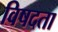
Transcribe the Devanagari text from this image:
विषदता